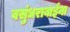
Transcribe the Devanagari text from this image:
वसुंधराबाईंना